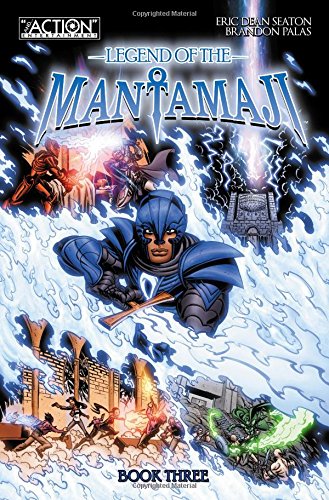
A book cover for Legend of the Mantamaji: Book 3 (Legend of Mantamaji); Eric Dean Seaton; Comics & Graphic Novels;